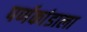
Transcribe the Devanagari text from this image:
पर्णकांडाला